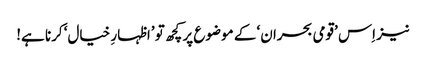
نیز اِس ’قومی بحران‘ کے موضوع پر کچھ تو ’اظہارِ خیال‘ کرنا ہے!